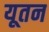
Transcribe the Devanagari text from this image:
यूतन